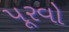
પૂરવો